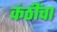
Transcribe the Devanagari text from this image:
कंठींचा